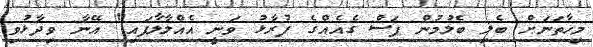
މިހާތަނަށް ބެލި ބެލުމުން ފަސް ގެއެެއްގެ ފުރާޅު ވަނީ އެއްލާލާފައި" އޭނާ ވިދާޅުވި